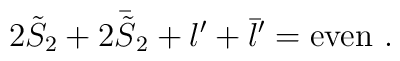
2{\tilde S}_2 + 2{\bar{\tilde S}}_2 + l'+{\bar l}' = {\rm even}\ .